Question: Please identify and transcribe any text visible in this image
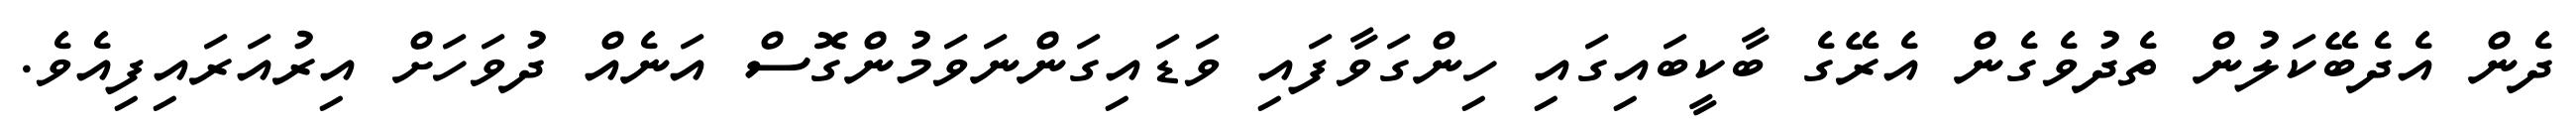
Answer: ދެން އެދެބޭކަލުން ތެދުވެގެން އެރޭގެ ބާކީބައިގައި ހިންގަވާފައި ވަޑައިގަންނަވަމުންގޮސް އަނެއް ދުވަހަށް އިރުއަރައިފިއެވެ.